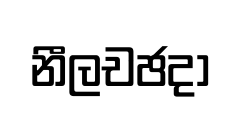
නීලචඡදා